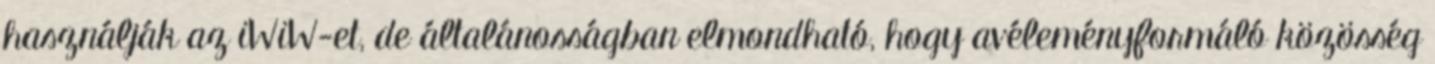
használják az iWiW-et, de általánosságban elmondható, hogy avéleményformáló közösség